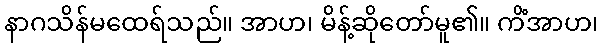
နာဂသိန်မထေရ်သည်။ အာဟ၊ မိန့်ဆိုတော်မူ၏။ ကိံအာဟ၊